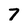
Character: 7